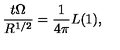
{ \frac { t \Omega } { R ^ { 1 / 2 } } } = { \frac { 1 } { 4 \pi } } L ( 1 ) ,